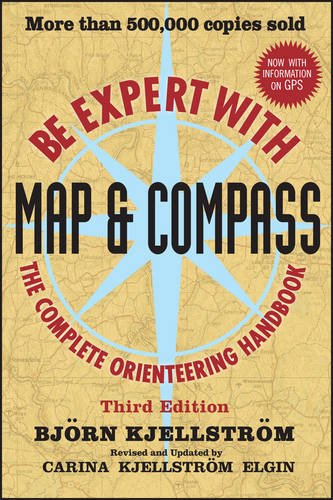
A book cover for Be Expert with Map and Compass; Bjorn Kjellstrom; Sports & Outdoors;